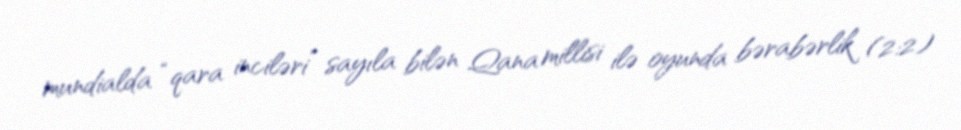
mundialda “qara inciləri” sayıla bilən Qana millisi ilə oyunda bərabərlik (2:2)